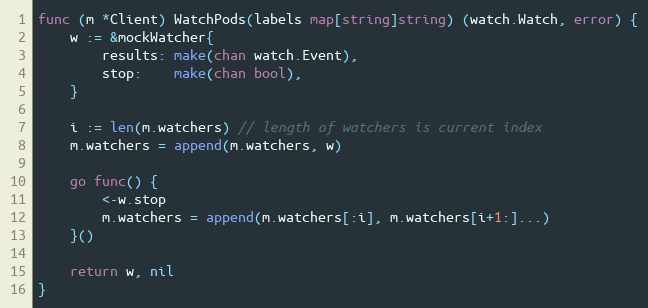
Language: Go
func (m *Client) WatchPods(labels map[string]string) (watch.Watch, error) {
	w := &mockWatcher{
		results: make(chan watch.Event),
		stop:    make(chan bool),
	}

	i := len(m.watchers) // length of watchers is current index
	m.watchers = append(m.watchers, w)

	go func() {
		<-w.stop
		m.watchers = append(m.watchers[:i], m.watchers[i+1:]...)
	}()

	return w, nil
}